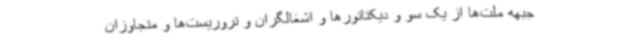
جبهه‌ ملت‌ها از یک سو و دیکتاتورها و اشغالگران و تروریست‌ها و متجاوزان